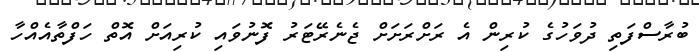
ބުރާސްފަތި ދުވަހުގެ ކުރިން އެ ރަށްރަށަށް ޖެނެރޭޓަރު ފޮނުވައި ކުރިއަށް އޮތް ހަފްތާއެއްހާ